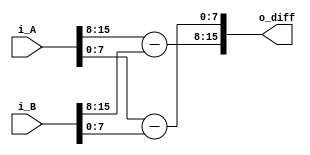
module complex_sub (
    i_A,
    i_B,
    o_diff
);

input wire [15:0] i_A, i_B;
output wire [15:0] o_diff;

// Intermediate wires
wire [7:0] a_real = i_A[15:8];
wire [7:0] a_imag = i_A[7:0];

wire [7:0] b_real = i_B[15:8];
wire [7:0] b_imag = i_B[7:0];

// Simple complex subtraction
assign o_diff[15:8] = a_real - b_real;
assign o_diff[7:0] = a_imag - b_imag;

endmodule